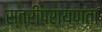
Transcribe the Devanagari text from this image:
स्त्रीपरायणता